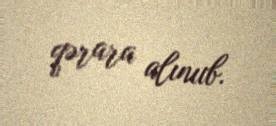
qərara alınııb.